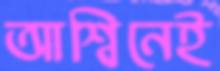
আশ্বিনেই